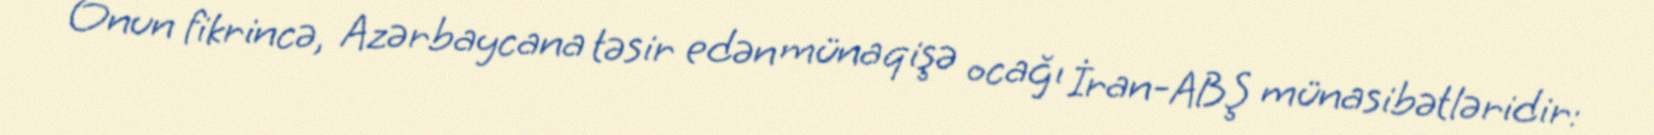
Onun fikrincə, Azərbaycana təsir edən münaqişə ocağı İran-ABŞ münasibətləridir: